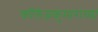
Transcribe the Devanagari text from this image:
कॉलेजकुमारांच्या